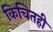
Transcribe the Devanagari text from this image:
किचितही